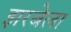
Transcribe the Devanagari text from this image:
झरबेला